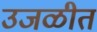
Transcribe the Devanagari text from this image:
उजळीत